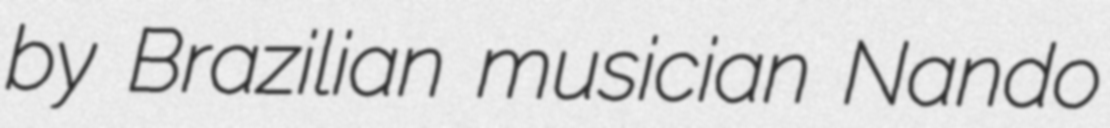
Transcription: by Brazilian musician Nando